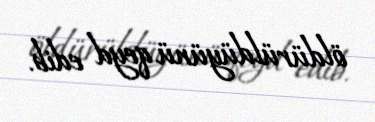
öldürüldüyünü qeyd edib.